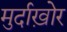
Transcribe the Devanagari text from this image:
मुर्दाख़ोर